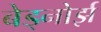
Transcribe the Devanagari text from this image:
बेड्नोर्झ